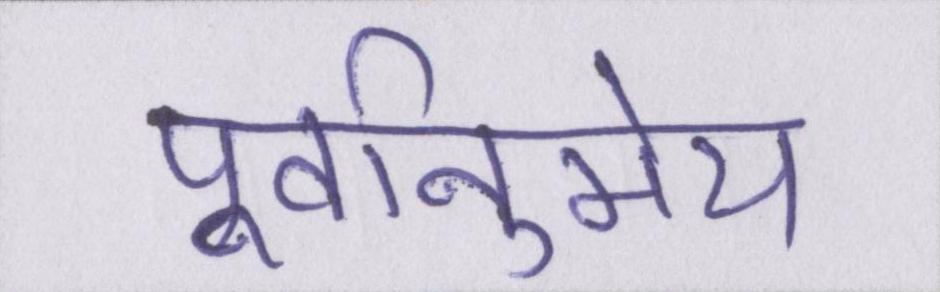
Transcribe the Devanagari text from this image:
पूर्वानुमेय